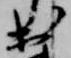
出